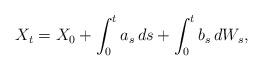
LaTeX: \begin{align*} X_{t}=X_0+\int_0^t a_s\,ds +\int_0^tb_s\,dW_s,\end{align*}